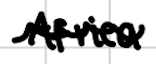
Text: Africa
Cross-out: wave
Writing tool: digital_black